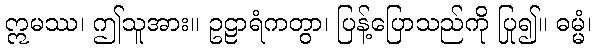
ဣမဿ၊ ဤသူအား။ ဥဠာရံကတွာ၊ ပြန့်ပြောသည်ကို ပြု၍။ ဓမ္မံ၊